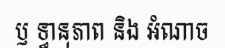
ឫ ទ្ធានុភាព និង អំណាច